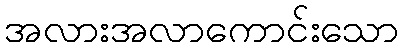
အလားအလာကောင်းသော